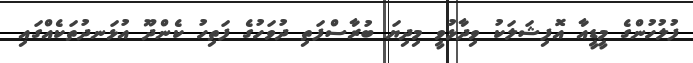
ފުލުހުންގެ މީޑީއާ އޮފިޝަލަކު ވިދާޅުވީ މިދިޔަ ބުރާސްފަތި ދުވަހުގެ ފަތިހު ކެންދޫ އުޅަނދުތަކެއްގައި